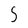
Character: S